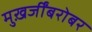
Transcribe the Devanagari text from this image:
मुख़र्जींबरोबर